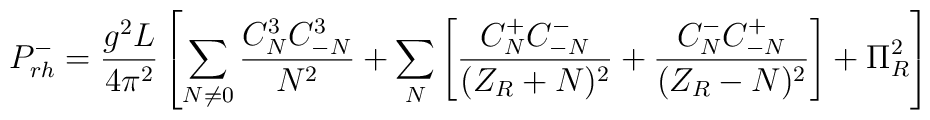
P^-_{rh} = {g^2 L \over 4\pi^2} \left[\sum_{N \neq 0}{C^3_N C^3_{-N} \over N^2} +\sum_N \left [{C^+_N C^-_{-N} \over (Z_R+N)^2} + {C^-_{N} C^+_{-N} \over (Z_R-N)^2} \right ]+\Pi^2_R \right]